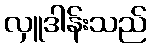
လှူဒါန်းသည်